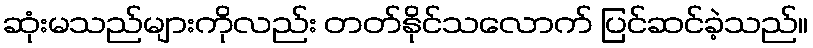
ဆုံးမသည်များကိုလည်း တတ်နိုင်သလောက် ပြင်ဆင်ခဲ့သည်။